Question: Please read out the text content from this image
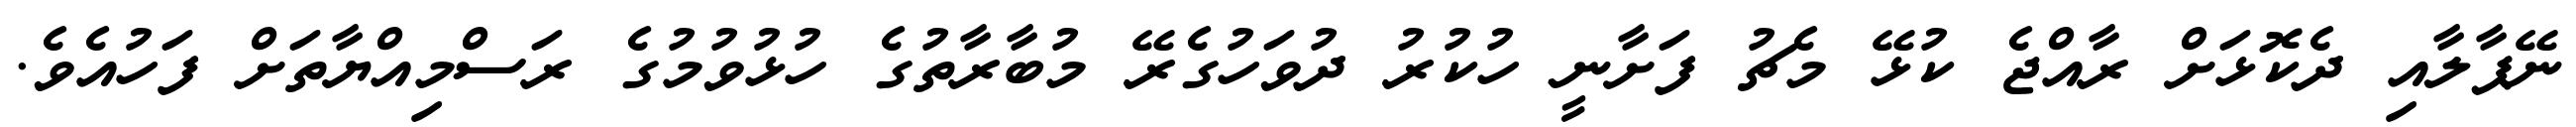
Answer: ނޭޕާލާއި ދެކޮޅަށް ރާއްޖެ ކުޅޭ މެޗު ފަށާނީ ހުކުރު ދުވަހުގެރޭ މުބާރާތުގެ ހުޅުވުމުގެ ރަސްމިއްޔާތަށް ފަހުއެވެ.